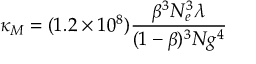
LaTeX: \kappa _ { M } = ( 1 . 2 \times 1 0 ^ { 8 } ) \frac { \beta ^ { 3 } N _ { e } ^ { 3 } \lambda } { ( 1 - \beta ) ^ { 3 } N g ^ { 4 } }